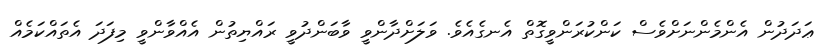
ޢަދަދުން އެންމެންނަށްވެސް ކަންކުރަންވީގޮތް އެނގެއެވެ. ވަލަށްދާންވީ ވާބަންދުވީ ރައްޔިތުން އެއްވާންވީ މިފަދަ އެތައްކަމެއް